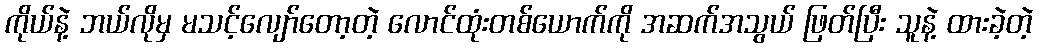
ကိုယ်နဲ့ ဘယ်လိုမှ မသင့်လျော်တော့တဲ့ လောင်ထုံးတစ်ယောက်ကို အဆက်အသွယ် ဖြတ်ပြီး သူနဲ့ ထားခဲ့တဲ့